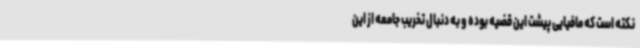
نکته است که مافیایی پیشت این قضیه بوده و به دنبال تخریب جامعه از این